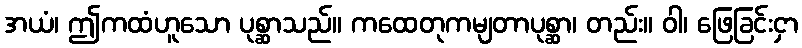
အယံ၊ ဤကထံဟူသော ပုစ္ဆာသည်။ ကထေတုကမျတာပုစ္ဆာ၊ တည်း။ ဝါ၊ ဖြေခြင်းငှာ